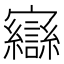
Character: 𫴥